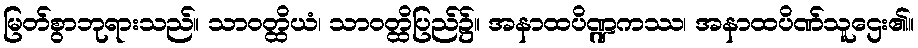
မြတ်စွာဘုရားသည်။ သာဝတ္ထိယံ၊ သာဝတ္ထိပြည်၌။ အနာထပိဏ္ဍကဿ၊ အနာထပိဏ်သူဌေး၏။